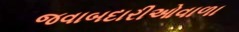
જવાબદારીઓવાળા